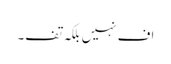
اف نہیں بلکہ تف۔